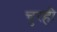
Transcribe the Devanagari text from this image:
चुरही